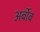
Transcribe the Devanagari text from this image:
अर्बोब